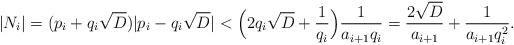
\begin{align*} |N_i|=(p_i+q_i\sqrt D)|p_i-q_i\sqrt D|<\Bigl(2q_i\sqrt D+\frac 1{q_i}\Bigr)\frac {1}{a_{i+1}q_{i}}=\frac {2\sqrt D}{a_{i+1}}+\frac {1}{a_{i+1}q_{i}^2}.\end{align*}